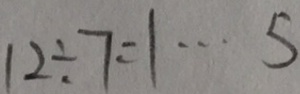
1 2 \div 7 = 1 \cdots 5